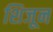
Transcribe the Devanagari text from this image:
शिजून